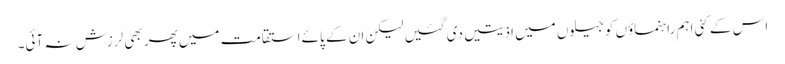
اس کے کئی اہم راہنماؤں کو جیلوں میں اذیتیں دی گئیں لیکن ان کے پائے استقامت میں پھر بھی لرزش نہ آئی۔